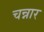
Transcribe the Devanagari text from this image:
चन्नार